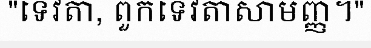
"ទេវតា, ពួកទេវតាសាមញ្ញ។"